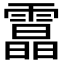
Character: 𩅟